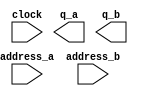
// megafunction wizard: %ROM: 2-PORT%VBB%
// GENERATION: STANDARD
// VERSION: WM1.0
// MODULE: altsyncram 

// ============================================================
// Megafunction Name(s):
// 			altsyncram
//
// Simulation Library Files(s):
// 			altera_mf
// ============================================================
// ************************************************************
// THIS IS A WIZARD-GENERATED FILE. DO NOT EDIT THIS FILE!
//
// 13.1.0 Build 162 10/23/2013 SJ Web Edition
// ************************************************************

//Copyright (C) 1991-2013 Altera Corporation
//Your use of Altera Corporation's design tools, logic functions 
//and other software and tools, and its AMPP partner logic 
//functions, and any output files from any of the foregoing 
//(including device programming or simulation files), and any 
//associated documentation or information are expressly subject 
//to the terms and conditions of the Altera Program License 
//Subscription Agreement, Altera MegaCore Function License 
//Agreement, or other applicable license agreement, including, 
//without limitation, that your use is for the sole purpose of 
//programming logic devices manufactured by Altera and sold by 
//Altera or its authorized distributors.  Please refer to the 
//applicable agreement for further details.

module kdatarom (
	address_a,
	address_b,
	clock,
	q_a,
	q_b);

	input	[5:0]  address_a;
	input	[5:0]  address_b;
	input	  clock;
	output	[31:0]  q_a;
	output	[31:0]  q_b;
`ifndef ALTERA_RESERVED_QIS
// synopsys translate_off
`endif
	tri1	  clock;
`ifndef ALTERA_RESERVED_QIS
// synopsys translate_on
`endif

endmodule

// ============================================================
// CNX file retrieval info
// ============================================================
// Retrieval info: PRIVATE: ADDRESSSTALL_A NUMERIC "0"
// Retrieval info: PRIVATE: ADDRESSSTALL_B NUMERIC "0"
// Retrieval info: PRIVATE: BYTEENA_ACLR_A NUMERIC "0"
// Retrieval info: PRIVATE: BYTEENA_ACLR_B NUMERIC "0"
// Retrieval info: PRIVATE: BYTE_ENABLE_A NUMERIC "0"
// Retrieval info: PRIVATE: BYTE_ENABLE_B NUMERIC "0"
// Retrieval info: PRIVATE: BYTE_SIZE NUMERIC "1"
// Retrieval info: PRIVATE: BlankMemory NUMERIC "0"
// Retrieval info: PRIVATE: CLOCK_ENABLE_INPUT_A NUMERIC "0"
// Retrieval info: PRIVATE: CLOCK_ENABLE_INPUT_B NUMERIC "0"
// Retrieval info: PRIVATE: CLOCK_ENABLE_OUTPUT_A NUMERIC "0"
// Retrieval info: PRIVATE: CLOCK_ENABLE_OUTPUT_B NUMERIC "0"
// Retrieval info: PRIVATE: CLRdata NUMERIC "0"
// Retrieval info: PRIVATE: CLRq NUMERIC "0"
// Retrieval info: PRIVATE: CLRrdaddress NUMERIC "0"
// Retrieval info: PRIVATE: CLRrren NUMERIC "0"
// Retrieval info: PRIVATE: CLRwraddress NUMERIC "0"
// Retrieval info: PRIVATE: CLRwren NUMERIC "0"
// Retrieval info: PRIVATE: Clock NUMERIC "0"
// Retrieval info: PRIVATE: Clock_A NUMERIC "0"
// Retrieval info: PRIVATE: Clock_B NUMERIC "0"
// Retrieval info: PRIVATE: IMPLEMENT_IN_LES NUMERIC "0"
// Retrieval info: PRIVATE: INDATA_ACLR_B NUMERIC "0"
// Retrieval info: PRIVATE: INDATA_REG_B NUMERIC "1"
// Retrieval info: PRIVATE: INIT_FILE_LAYOUT STRING "PORT_A"
// Retrieval info: PRIVATE: INIT_TO_SIM_X NUMERIC "0"
// Retrieval info: PRIVATE: INTENDED_DEVICE_FAMILY STRING "Cyclone V"
// Retrieval info: PRIVATE: JTAG_ENABLED NUMERIC "0"
// Retrieval info: PRIVATE: JTAG_ID STRING "NONE"
// Retrieval info: PRIVATE: MAXIMUM_DEPTH NUMERIC "0"
// Retrieval info: PRIVATE: MEMSIZE NUMERIC "2048"
// Retrieval info: PRIVATE: MEM_IN_BITS NUMERIC "0"
// Retrieval info: PRIVATE: MIFfilename STRING "./romdata/kdata.mif"
// Retrieval info: PRIVATE: OPERATION_MODE NUMERIC "3"
// Retrieval info: PRIVATE: OUTDATA_ACLR_B NUMERIC "0"
// Retrieval info: PRIVATE: OUTDATA_REG_B NUMERIC "0"
// Retrieval info: PRIVATE: RAM_BLOCK_TYPE NUMERIC "2"
// Retrieval info: PRIVATE: READ_DURING_WRITE_MODE_MIXED_PORTS NUMERIC "2"
// Retrieval info: PRIVATE: REGdata NUMERIC "1"
// Retrieval info: PRIVATE: REGq NUMERIC "0"
// Retrieval info: PRIVATE: REGrdaddress NUMERIC "0"
// Retrieval info: PRIVATE: REGrren NUMERIC "0"
// Retrieval info: PRIVATE: REGwraddress NUMERIC "1"
// Retrieval info: PRIVATE: REGwren NUMERIC "1"
// Retrieval info: PRIVATE: SYNTH_WRAPPER_GEN_POSTFIX STRING "0"
// Retrieval info: PRIVATE: USE_DIFF_CLKEN NUMERIC "0"
// Retrieval info: PRIVATE: UseDPRAM NUMERIC "1"
// Retrieval info: PRIVATE: VarWidth NUMERIC "0"
// Retrieval info: PRIVATE: WIDTH_READ_A NUMERIC "32"
// Retrieval info: PRIVATE: WIDTH_READ_B NUMERIC "32"
// Retrieval info: PRIVATE: WIDTH_WRITE_A NUMERIC "32"
// Retrieval info: PRIVATE: WIDTH_WRITE_B NUMERIC "32"
// Retrieval info: PRIVATE: WRADDR_ACLR_B NUMERIC "0"
// Retrieval info: PRIVATE: WRADDR_REG_B NUMERIC "1"
// Retrieval info: PRIVATE: WRCTRL_ACLR_B NUMERIC "0"
// Retrieval info: PRIVATE: enable NUMERIC "0"
// Retrieval info: PRIVATE: rden NUMERIC "0"
// Retrieval info: LIBRARY: altera_mf altera_mf.altera_mf_components.all
// Retrieval info: CONSTANT: ADDRESS_REG_B STRING "CLOCK0"
// Retrieval info: CONSTANT: CLOCK_ENABLE_INPUT_A STRING "BYPASS"
// Retrieval info: CONSTANT: CLOCK_ENABLE_INPUT_B STRING "BYPASS"
// Retrieval info: CONSTANT: CLOCK_ENABLE_OUTPUT_A STRING "BYPASS"
// Retrieval info: CONSTANT: CLOCK_ENABLE_OUTPUT_B STRING "BYPASS"
// Retrieval info: CONSTANT: INDATA_REG_B STRING "CLOCK0"
// Retrieval info: CONSTANT: INIT_FILE STRING "./romdata/kdata.mif"
// Retrieval info: CONSTANT: INTENDED_DEVICE_FAMILY STRING "Cyclone V"
// Retrieval info: CONSTANT: LPM_TYPE STRING "altsyncram"
// Retrieval info: CONSTANT: NUMWORDS_A NUMERIC "64"
// Retrieval info: CONSTANT: NUMWORDS_B NUMERIC "64"
// Retrieval info: CONSTANT: OPERATION_MODE STRING "BIDIR_DUAL_PORT"
// Retrieval info: CONSTANT: OUTDATA_ACLR_A STRING "NONE"
// Retrieval info: CONSTANT: OUTDATA_ACLR_B STRING "NONE"
// Retrieval info: CONSTANT: OUTDATA_REG_A STRING "UNREGISTERED"
// Retrieval info: CONSTANT: OUTDATA_REG_B STRING "UNREGISTERED"
// Retrieval info: CONSTANT: POWER_UP_UNINITIALIZED STRING "FALSE"
// Retrieval info: CONSTANT: RAM_BLOCK_TYPE STRING "M10K"
// Retrieval info: CONSTANT: WIDTHAD_A NUMERIC "6"
// Retrieval info: CONSTANT: WIDTHAD_B NUMERIC "6"
// Retrieval info: CONSTANT: WIDTH_A NUMERIC "32"
// Retrieval info: CONSTANT: WIDTH_B NUMERIC "32"
// Retrieval info: CONSTANT: WIDTH_BYTEENA_A NUMERIC "1"
// Retrieval info: CONSTANT: WIDTH_BYTEENA_B NUMERIC "1"
// Retrieval info: CONSTANT: WRCONTROL_WRADDRESS_REG_B STRING "CLOCK0"
// Retrieval info: USED_PORT: address_a 0 0 6 0 INPUT NODEFVAL "address_a[5..0]"
// Retrieval info: USED_PORT: address_b 0 0 6 0 INPUT NODEFVAL "address_b[5..0]"
// Retrieval info: USED_PORT: clock 0 0 0 0 INPUT VCC "clock"
// Retrieval info: USED_PORT: q_a 0 0 32 0 OUTPUT NODEFVAL "q_a[31..0]"
// Retrieval info: USED_PORT: q_b 0 0 32 0 OUTPUT NODEFVAL "q_b[31..0]"
// Retrieval info: CONNECT: @address_a 0 0 6 0 address_a 0 0 6 0
// Retrieval info: CONNECT: @address_b 0 0 6 0 address_b 0 0 6 0
// Retrieval info: CONNECT: @clock0 0 0 0 0 clock 0 0 0 0
// Retrieval info: CONNECT: @data_a 0 0 32 0 GND 0 0 32 0
// Retrieval info: CONNECT: @data_b 0 0 32 0 GND 0 0 32 0
// Retrieval info: CONNECT: @wren_a 0 0 0 0 GND 0 0 0 0
// Retrieval info: CONNECT: @wren_b 0 0 0 0 GND 0 0 0 0
// Retrieval info: CONNECT: q_a 0 0 32 0 @q_a 0 0 32 0
// Retrieval info: CONNECT: q_b 0 0 32 0 @q_b 0 0 32 0
// Retrieval info: GEN_FILE: TYPE_NORMAL kdatarom.v TRUE
// Retrieval info: GEN_FILE: TYPE_NORMAL kdatarom.inc FALSE
// Retrieval info: GEN_FILE: TYPE_NORMAL kdatarom.cmp FALSE
// Retrieval info: GEN_FILE: TYPE_NORMAL kdatarom.bsf FALSE
// Retrieval info: GEN_FILE: TYPE_NORMAL kdatarom_inst.v FALSE
// Retrieval info: GEN_FILE: TYPE_NORMAL kdatarom_bb.v TRUE
// Retrieval info: LIB_FILE: altera_mf